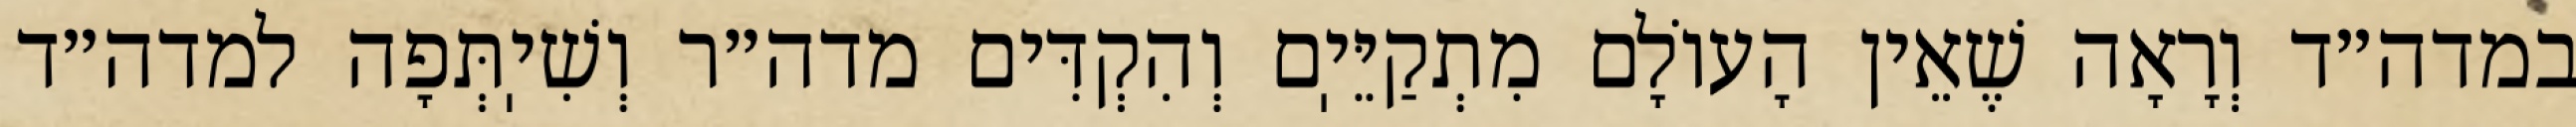
במדה״ד וְרָאָה שֶׁאֵין הָעוֹלָם מִתְקַיֵּיֽם וְהִקְדִּים מדה״ר וְשִׁיֽתְּפָה למדה״ד